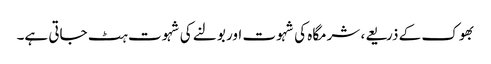
بھوک کے ذریعے، شرمگاہ کی شہوت اور بولنے کی شہوت ہٹ جاتی ہے۔